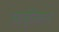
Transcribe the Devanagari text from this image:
व्हर्चुव्हियन